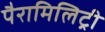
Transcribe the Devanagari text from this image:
पैरामिलिट्री